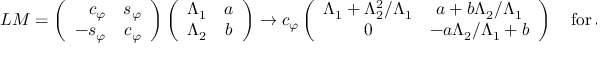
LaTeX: L M = \left( \begin{array} { r r } { { c _ { \varphi } } } & { { s _ { \varphi } } } \\ { { - s _ { \varphi } } } & { { c _ { \varphi } } } \end{array} \right) \left( \begin{array} { c c } { { \Lambda _ { 1 } } } & { { a } } \\ { { \Lambda _ { 2 } } } & { { b } } \end{array} \right) \rightarrow c _ { \varphi } \left( \begin{array} { c c } { { \Lambda _ { 1 } + \Lambda _ { 2 } ^ { 2 } / \Lambda _ { 1 } } } & { { a + b \Lambda _ { 2 } / \Lambda _ { 1 } } } \\ { { 0 } } & { { - a \Lambda _ { 2 } / \Lambda _ { 1 } + b } } \end{array} \right) \quad \mathrm { f o r } \ s _ { \varphi } = c _ { \varphi } \Lambda _ { 2 } / \Lambda _ { 1 } ;